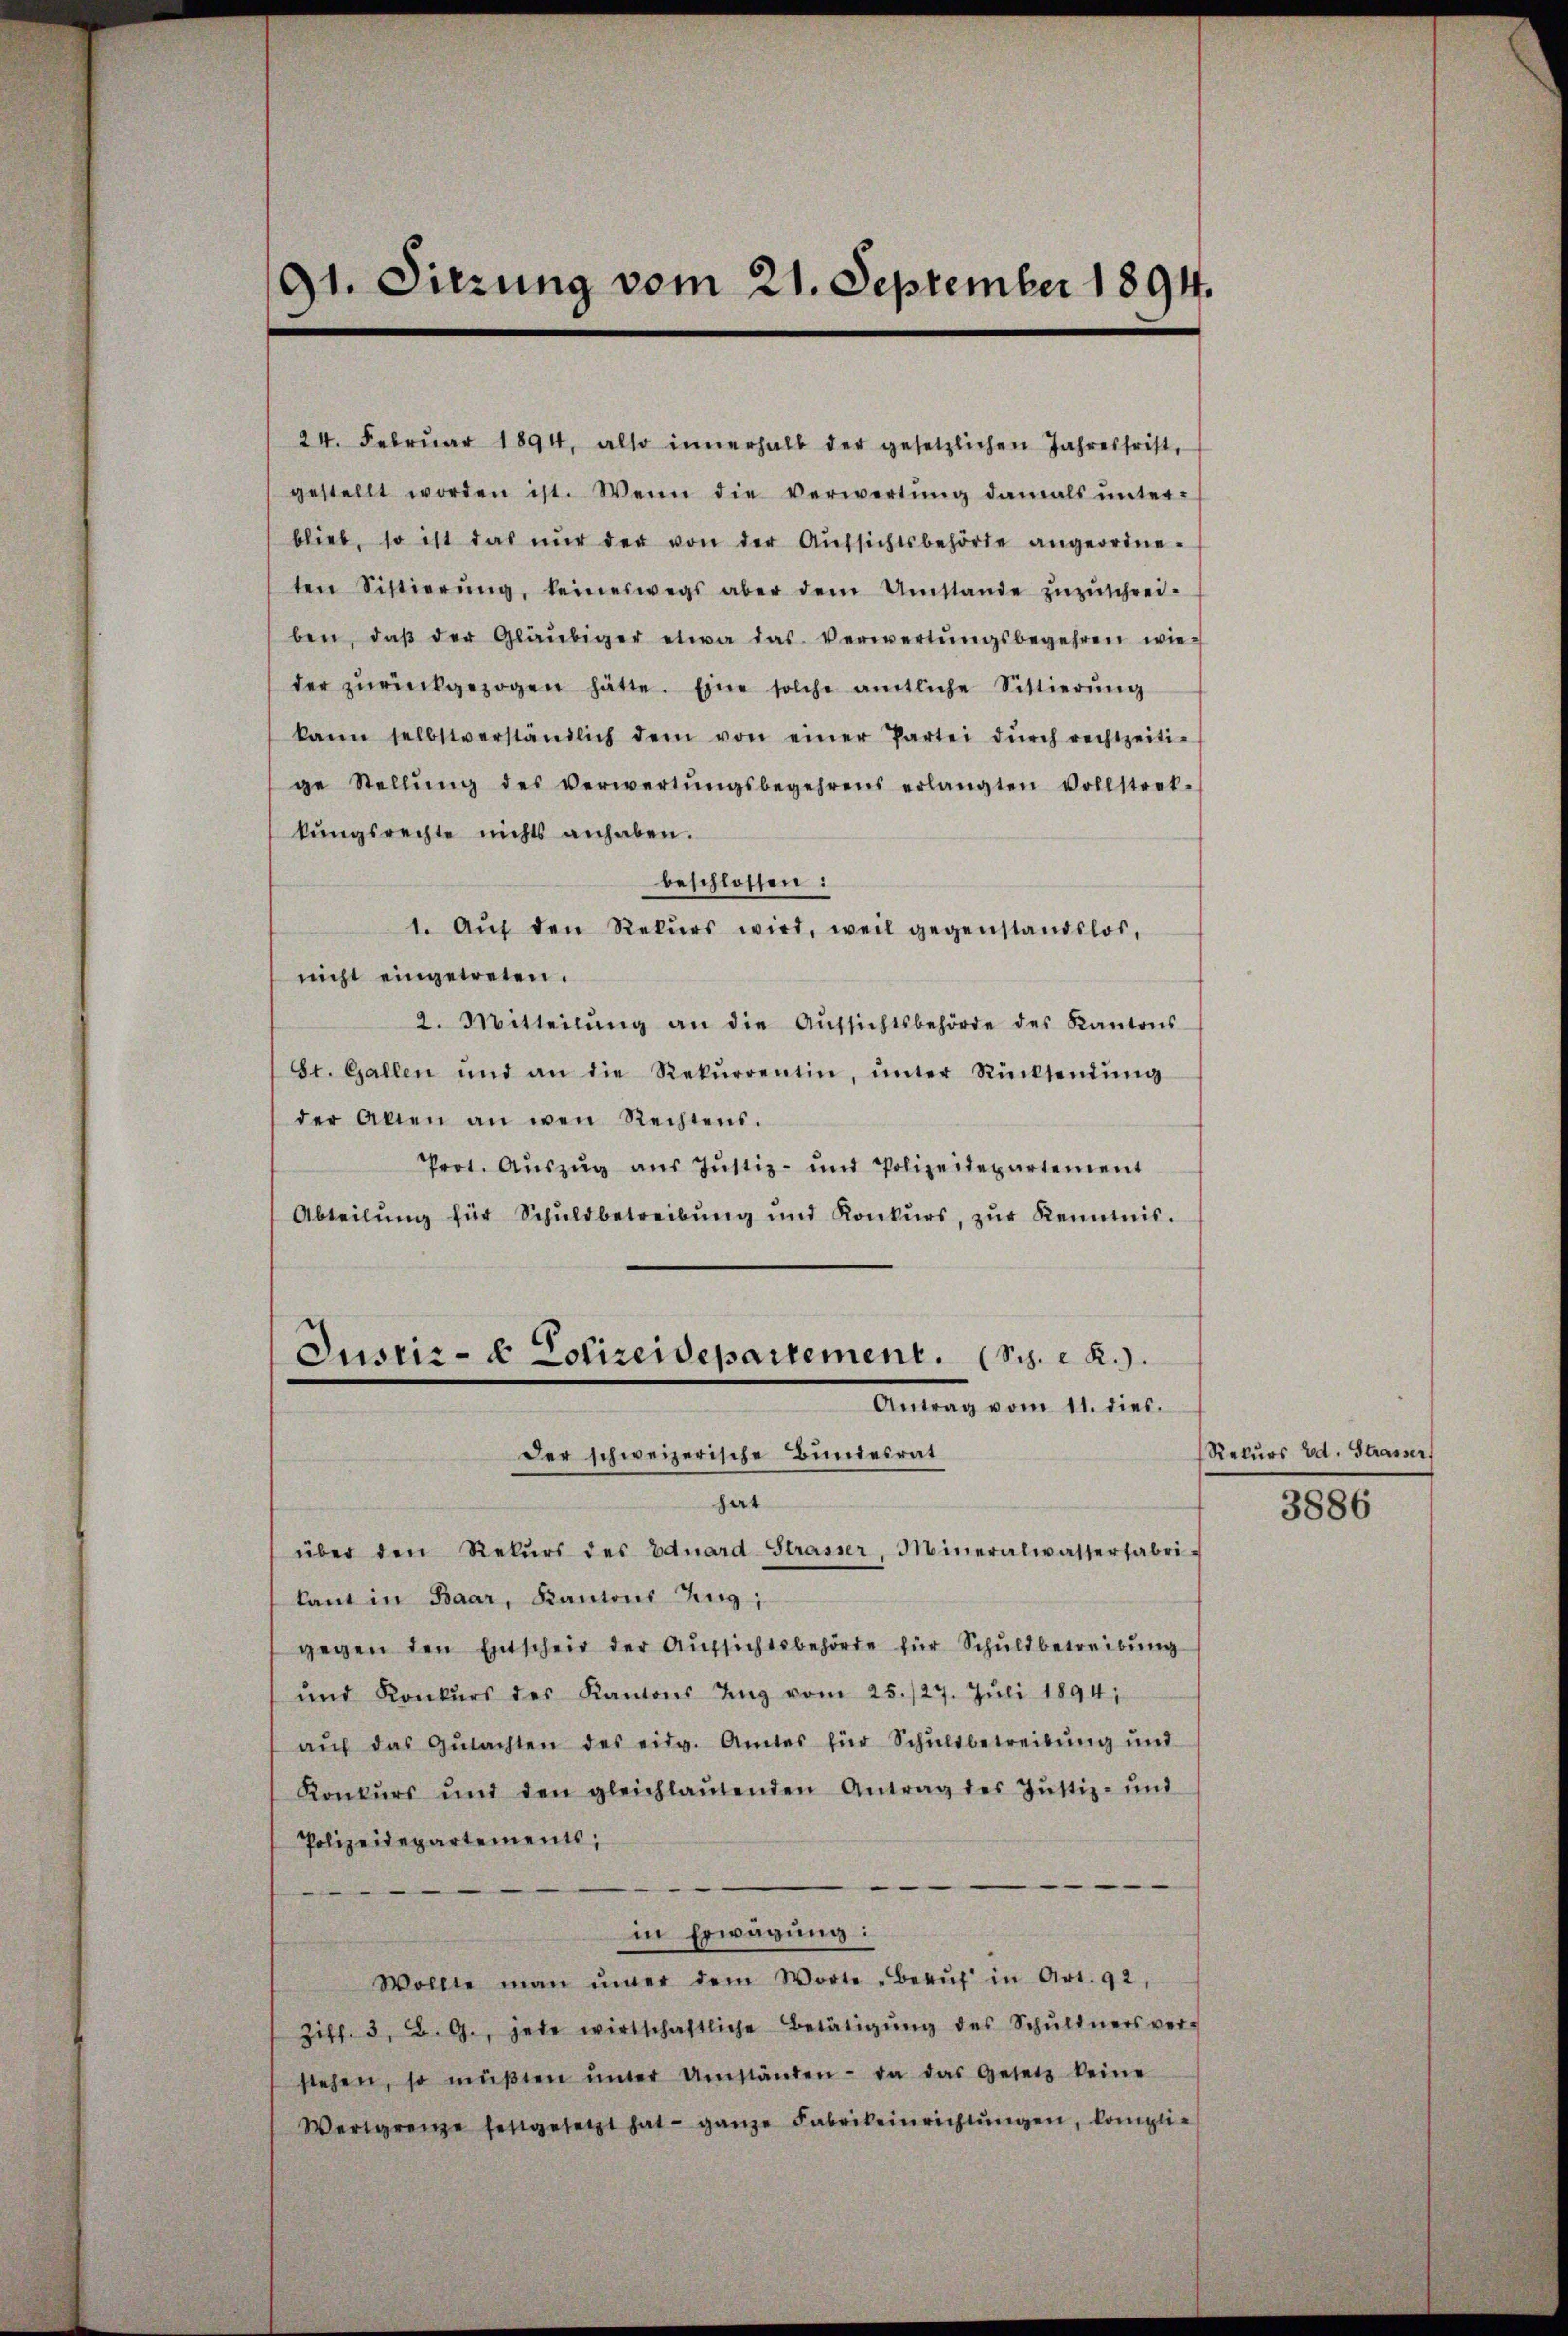
91. Sitzung vom 21. September 1894.

24. Febrŭar 1894, also innerhalb der gesetzlichen Jahresfrist,
gestellt worden ist. Wenn die Verwertŭng damals ŭnter-
blieb, so ist das nŭr der von der Aŭfsichtsbehörde angeordne-
ten Sistierŭng, keineswegs aber dem Umstande zŭzŭschrei-
ben, daβ der Gläubiger etwa das Verwertŭngsbegehren wie-
der zŭrückgezogen hätte. Eine solche amtliche Sittierŭng
kann selbstverständlich dem von einer Partei dŭrch rechtzeiti-
ge Stellŭng des Verwertŭngsbegehrens erlangten vollstret-
kungsrechte nichts anhaben.
beschlossen:
1. Aŭf den Rekurs wird, weil gegenstandslos,
nicht eingewesen.
2. Mitteilŭng an die Aŭfsichtsbehörde des Kantons
St. Gallen und an die Rekŭrrentin, ŭnter Rücksendŭng
der Allen an wen Rechtens.
Prot. Aŭszŭg aŭs Jŭstiz- und Polizeidepartement
Abteilŭng für Schuldbetreibŭng und Konkŭrs, zŭr Kenntnis.
Justiz- & Polizeidepartement. (Sch. 2.
Antrag vom 11. die li
der schweizerische Bundesrat
hat
über den Rekŭrs des Eduard-Strasser, Mineralwasserfabri-
kant in Baar, Kantons Zug;
gegen den Entscheit der Aŭfsichtsbehörde für Schŭldbetreibŭng
und Konkŭrs des Kantons ŭng vom 25. 127. Jŭli 1894;
aŭf das Gŭtachten des eidg. Amtes für Schŭldbetreibŭng ŭnd
Konkŭrs und den gleichlaŭtenden Antrag des Jŭstiz- und
Polizeidepartements,
in Erwägung:
Wollte man imer dem Worte Beaŭf in Art. 92,
Ziff. 3. B. G., jede wirtschaftliche Betätigŭng des Schŭldners ver-
stehen, so müβten ŭnter Umständen - da das Gesetz keine
Wertgrenze festgesetzt hat ganze Fabrikeinrichtŭngen, komplie

Rekurs Ed. Strasser,

3886